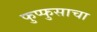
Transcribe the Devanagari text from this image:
फुप्फुसाचा